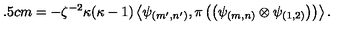
\hspace * { 2 . 5 c m } = - \zeta ^ { - 2 } \kappa ( \kappa - 1 ) \left\langle \psi _ { ( m ^ { \prime } , n ^ { \prime } ) } , \pi \left( \left( \psi _ { ( m , n ) } \otimes \psi _ { ( 1 , 2 ) } \right) \right) \right\rangle .